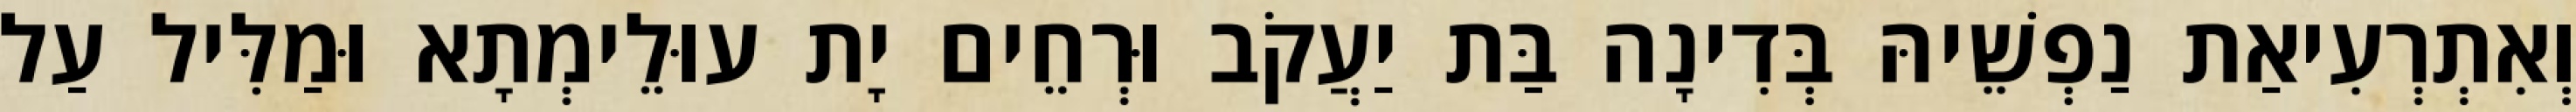
וְאִתְרְעִיאַת נַפְשֵׁיהּ בְּדִינָה בַּת יַעֲקֹב וּרְחֵים יָת עוּלֵימְתָא וּמַלִּיל עַל